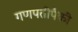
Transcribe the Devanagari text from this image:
गणपतीपैकी